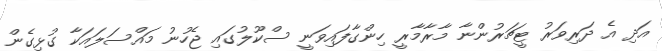
އަދި އެ ދަރިވަރު ޓީޗަރުންނާ މާރާމާރީ ހިންގާފައިވަނީ ސްކޫލުގައި ޖެހުނު މައްސަލައަކާ ގުޅިގެން